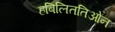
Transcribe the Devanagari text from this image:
हबिलिततिओन